Scottish Leaving Certificate Examination, 1952
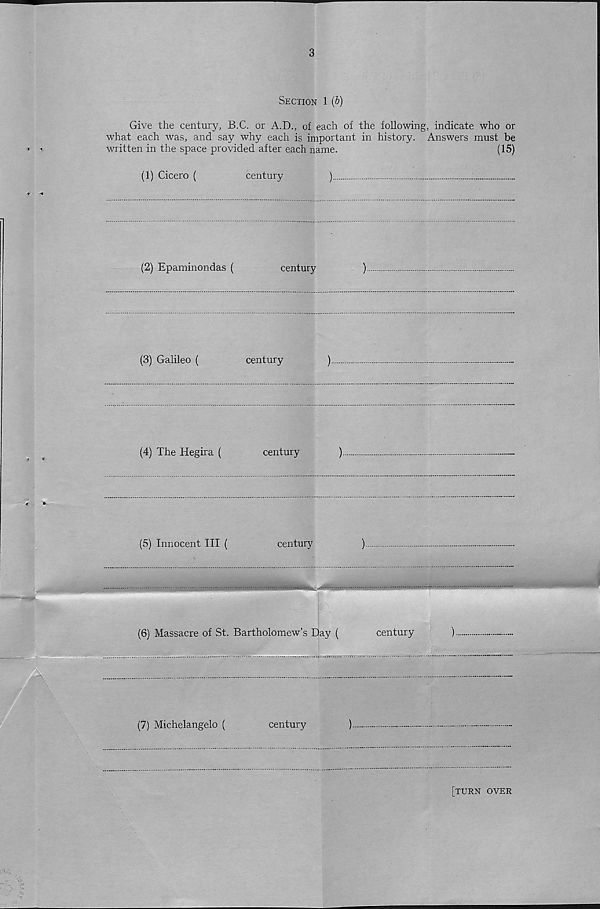
3
Section 1 (b)
Give the century, B.C. or A.D., of each of the following, indicate who or
what each was, and say why each is important in history. Answers must be
written in the space provided after each name.
(15)
(1) Cicero (
century
)
;
(2) Epaminondas (
century
)
(3) Galileo (
century
)
(4) The Hegira (
century
)
(5) Innocent III (
century
)
(6) Massacre of St. Bartholomew’s Day (
century
)
(7) Michelangelo (
century
)
[turn over